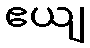
ဧယျ